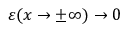
\varepsilon ( x \rightarrow \pm \infty ) \rightarrow 0